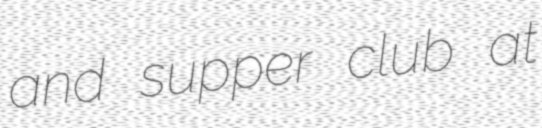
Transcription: and supper club at